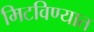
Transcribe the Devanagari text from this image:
मिटविण्यात